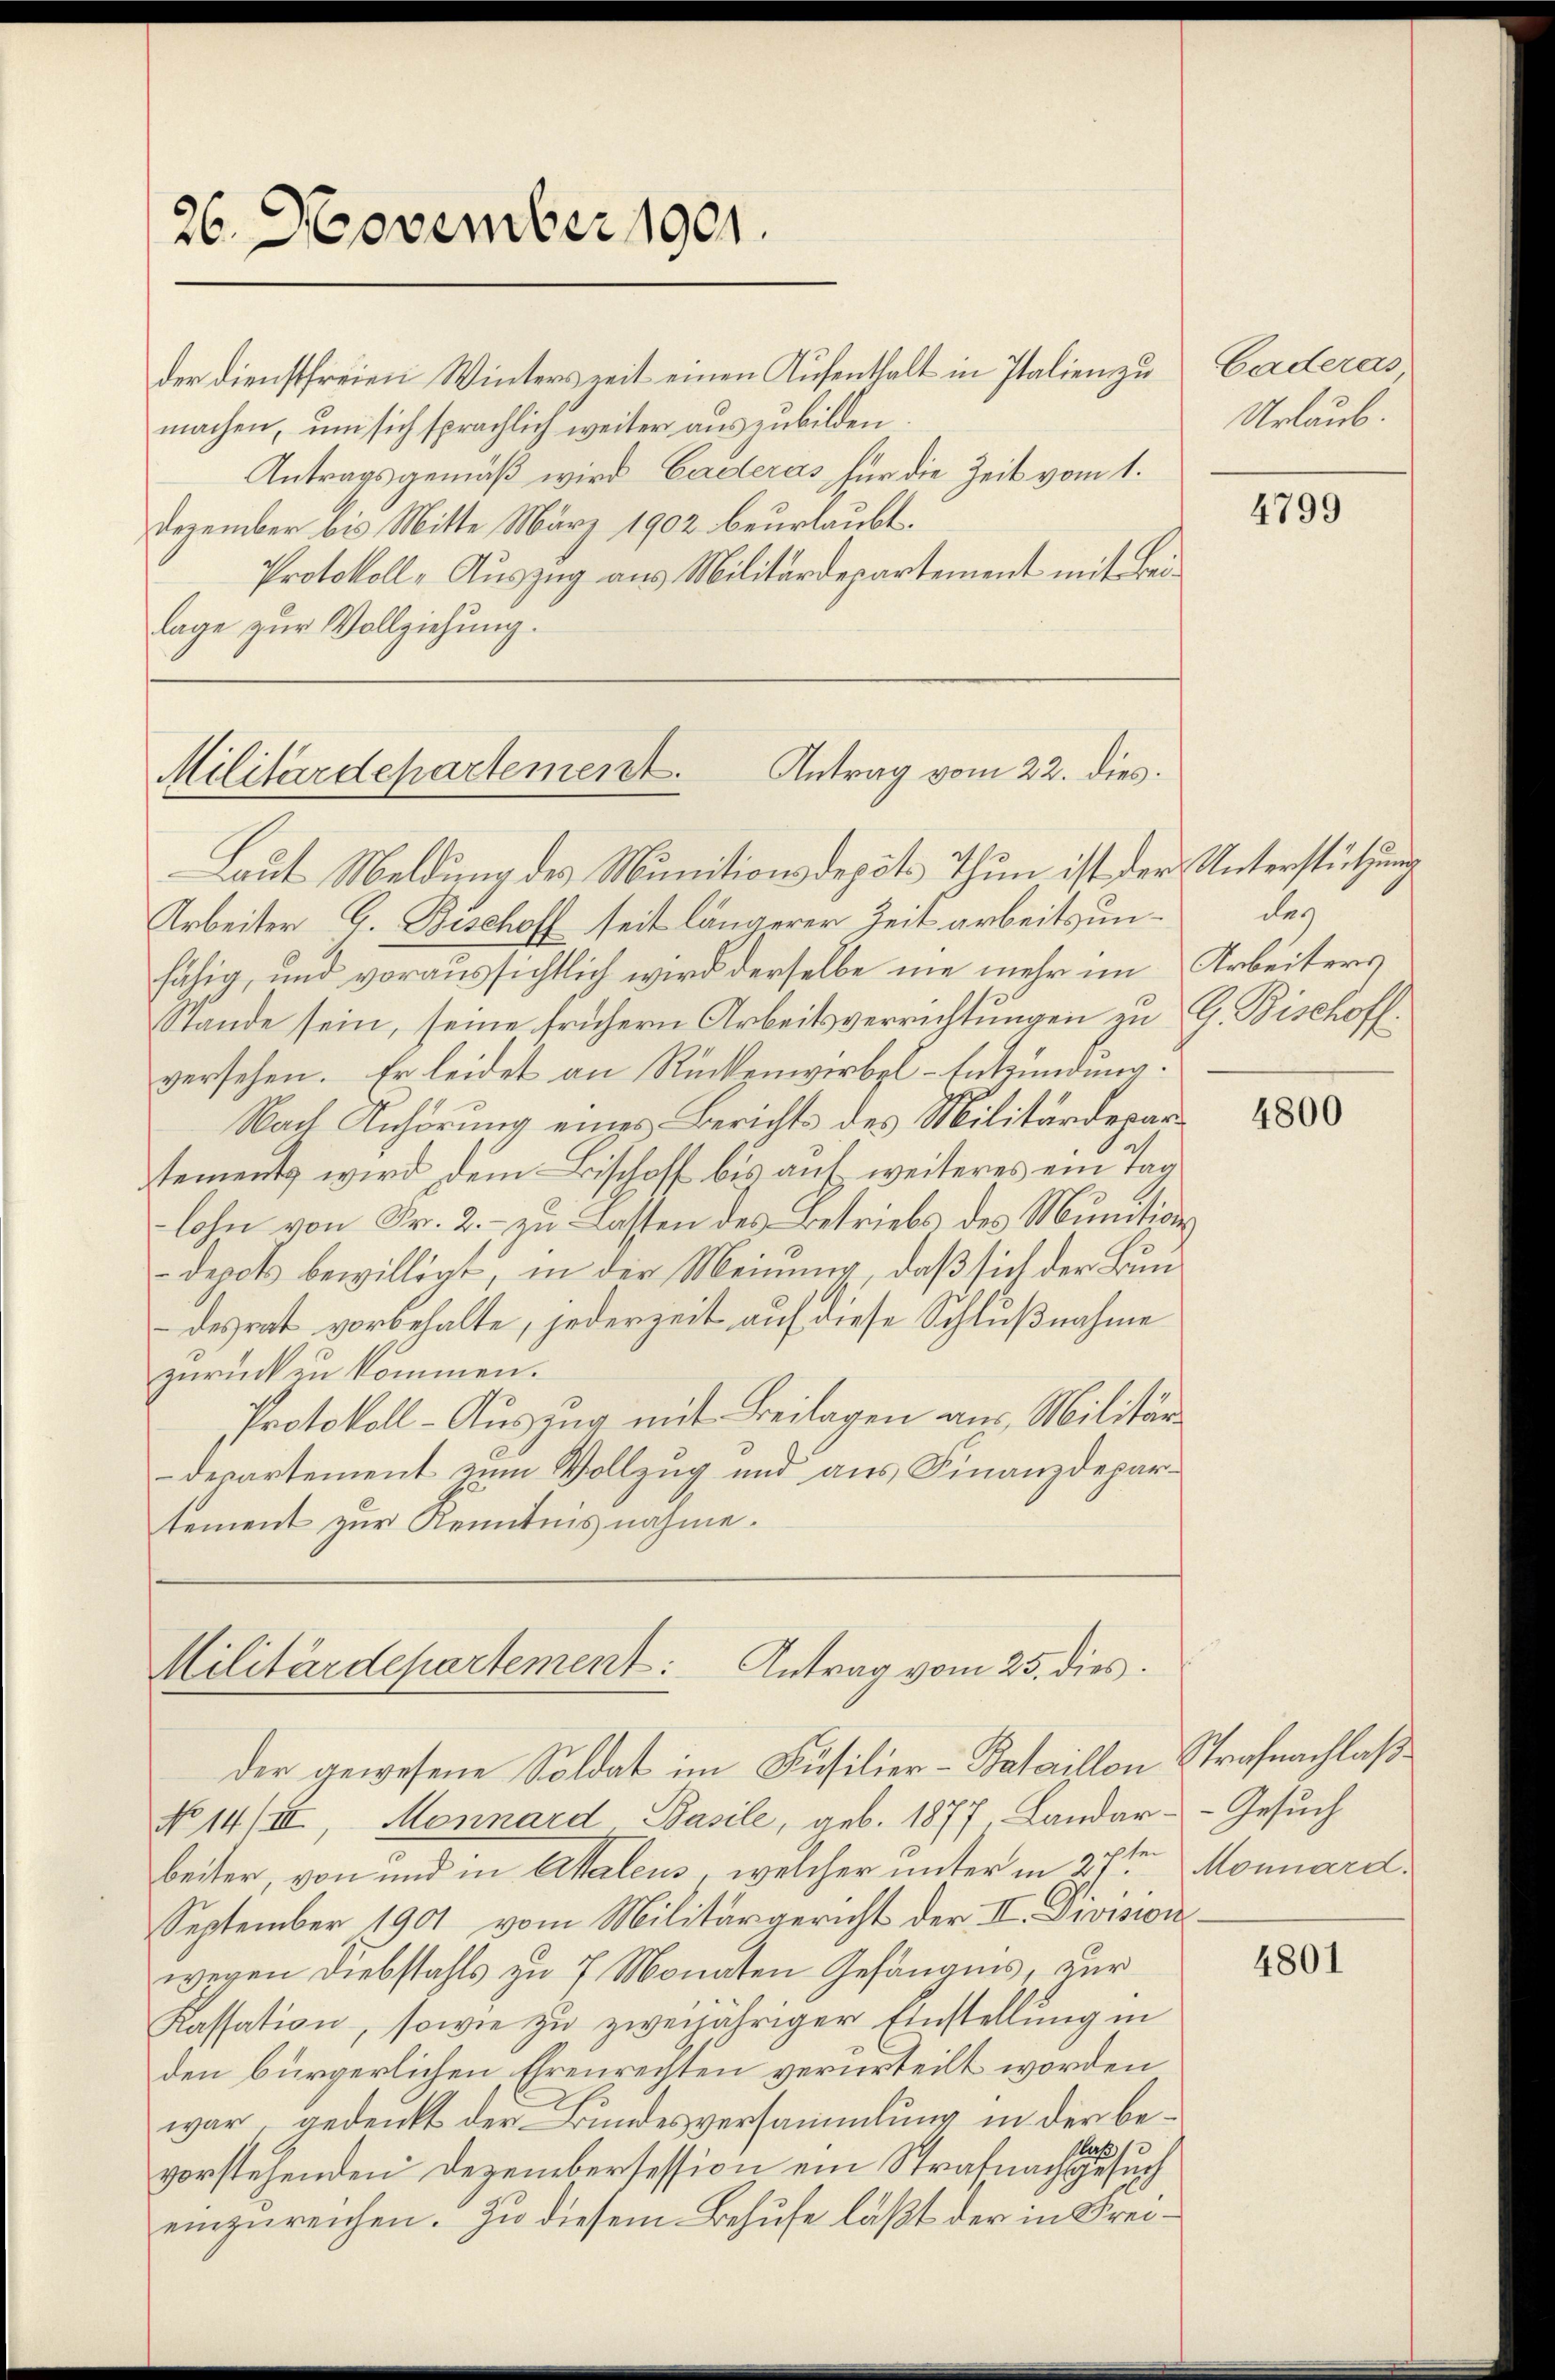
26. November 1901.

der dienstfreien Winterszeit einen Aufenthalt in Italien zu
machen, um sich sprachlich weiter auszubilden
Antragsgemäß wird Caderas für die Zeit vom 1.
Dezember bis Mitte März 1902 beurlaubt.
Protokoll-Auszug aus Militärdepartement mit Beilage zur Vollziehung.

Militärdepartement. Antrag vom 22. dies.

Laut Meldung des Munitionsdepots Thun ist der Unterstützung
Arbeiter G. Bischoff seit längerer Zeit arbeits unfähig, und voraussichtlich wird derselbe nie mehr im Arbeiters
Stande sein, seine frühern Arbeitsverrichtungen zu G. Bischoff
versehen. Er leidet an Rückenwirbel-Entzündung.
Nach Anhörung eines Berichts des Militärdeparstements wird dem Bischoff bis auf weiteres ein Tag
lohn von Fr. 2., zu Lasten des Betriebs des Munitive
depot bewilligt, in der Meinung, daß sich der Bundesrat vorbehalte, jederzeit auf diese Schlußnahme
zurück zu kommen.
Protokoll-Auszug mit Beilagen aus Militär
Departement zum Vollzug und aus Finanzdepartement zur Kenntnisnahme.

Militärdepartement: Antrag vom 25. dies
der gewesene Soldat im Füsilier-Bataillon Strafnachlaß

No 14/III, Monnard Basile, geb. 1877, Landar- Gesuch
beiter von und in Attalens, welcher unter in 27ten
September 1901 vom Militärgericht der II. Division
wegen Diebstahls zu 7 Monaten Gefängnis, zur
Kassation, sowie zu zweijähriger Einstellung in
den bürgerlichen Ehrenrechten verurteilt worden
war, gedenkt der Bundesversammlung in der bevorstehenden Dezembersession ein Strafnachgesuch
einzureichen. Zu diesem Behufe läßt der in Frei¬

Caderas
Urlaub.

4799

des

4800

Monnard.

4801